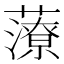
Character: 𧀪